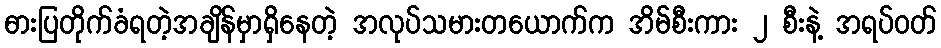
ဓားပြတိုက်ခံရတဲ့အချိန်မှာရှိနေတဲ့ အလုပ်သမားတယောက်က အိမ်စီးကား ၂ စီးနဲ့ အရပ်ဝတ်